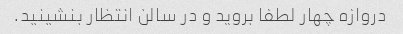
دروازه چهار لطفا بروید و در سالن انتظار بنشینید.